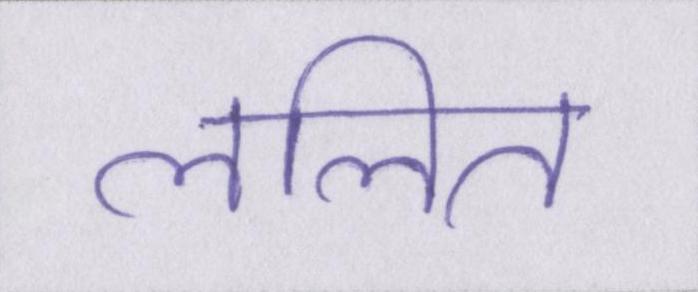
ललित